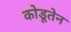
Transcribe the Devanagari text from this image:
कोडूतेन